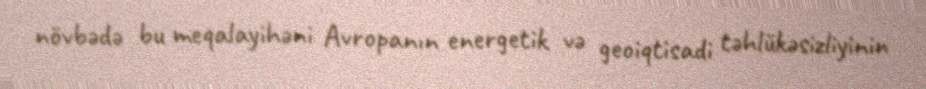
növbədə bu meqalayihəni Avropanın energetik və geoiqtisadi təhlükəsizliyinin